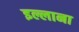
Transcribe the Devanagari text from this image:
इल्लाना